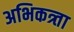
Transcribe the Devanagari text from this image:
अभिकत्र्ता